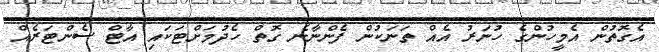
އެގޮތުން އެމީހުންގެ ހުނަރު އެއް ތަނަކުން ފެންނާނެ ގޮތް ހެދުމަށްޓަކައި އާޓް ސެންޓަރެއް